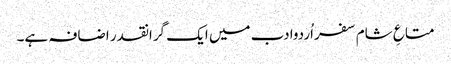
متاعِ شام سفراُردوادب میں ایک گرانقدر اضافہ ہے۔